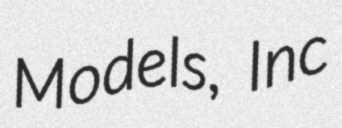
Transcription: Models, Inc